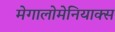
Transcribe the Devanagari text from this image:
मेगालोमेनियाक्स